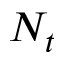
N _ { t }